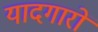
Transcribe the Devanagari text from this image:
यादगारों